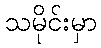
သမိုင်းမှာ